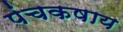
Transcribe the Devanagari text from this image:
पंचकषाय